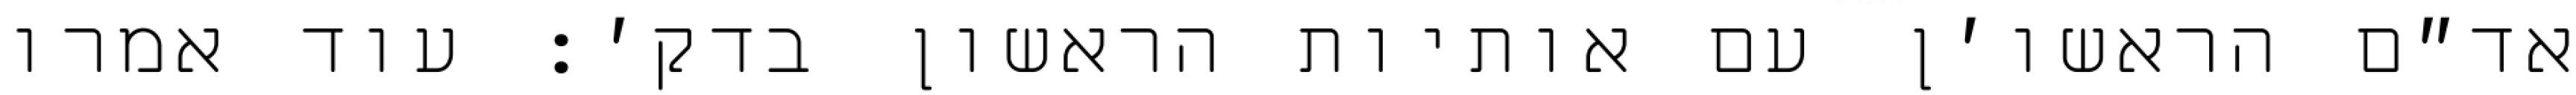
אד״ם הראשו׳ן עם אותיות הראשון בדק׳: עוד אמרו